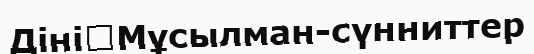
Діні	Мұсылман-сүнниттер